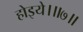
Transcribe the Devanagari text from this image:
होइये।॥७॥